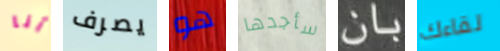
أنا يصرف هو سأجدها بان لقاءك